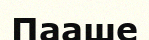
Пааше